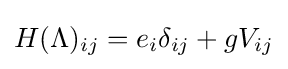
H(\Lambda )_{ij}=e_{i}\delta _{ij}+gV_{ij}